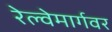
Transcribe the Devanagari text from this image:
रेल्वेमार्गवर